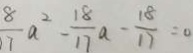
\frac { 8 } { 7 } a ^ { 2 } - \frac { 1 8 } { 1 7 } a - \frac { 1 8 } { 1 7 } = 0